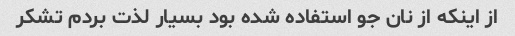
از اینکه از نان جو استفاده شده بود بسیار لذت بردم تشکر